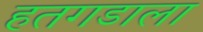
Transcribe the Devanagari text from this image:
हतगडाला